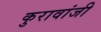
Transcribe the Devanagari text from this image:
कुरावांजी